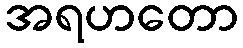
အရဟတော